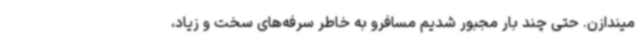
میندازن. حتی چند بار مجبور شدیم مسافرو به خاطر سرفه‌های سخت و زیاد،